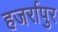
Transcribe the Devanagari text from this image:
हजर्रापुर